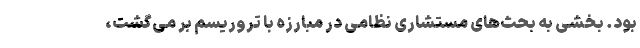
بود. بخشی به بحث‌های مستشاری نظامی در مبارزه با تروریسم بر می‌گشت،